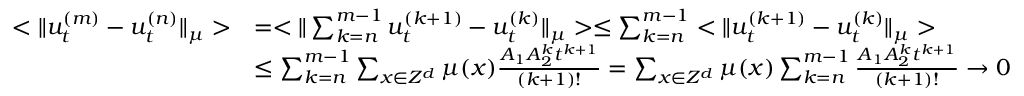
\begin{array} { r l } { < \Vert u _ { t } ^ { ( m ) } - u _ { t } ^ { ( n ) } \Vert _ { \mu } > } & { = < \Vert \sum _ { k = n } ^ { m - 1 } u _ { t } ^ { ( k + 1 ) } - u _ { t } ^ { ( k ) } \Vert _ { \mu } > \leq \sum _ { k = n } ^ { m - 1 } < \Vert u _ { t } ^ { ( k + 1 ) } - u _ { t } ^ { ( k ) } \Vert _ { \mu } > } \\ & { \leq \sum _ { k = n } ^ { m - 1 } \sum _ { x \in Z ^ { d } } \mu ( x ) \frac { A _ { 1 } A _ { 2 } ^ { k } t ^ { k + 1 } } { ( k + 1 ) ! } = \sum _ { x \in Z ^ { d } } \mu ( x ) \sum _ { k = n } ^ { m - 1 } \frac { A _ { 1 } A _ { 2 } ^ { k } t ^ { k + 1 } } { ( k + 1 ) ! } \rightarrow 0 } \end{array}